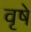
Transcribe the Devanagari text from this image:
वृषे